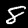
Label: 8